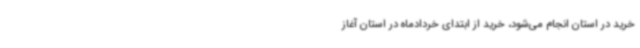
خرید در استان انجام می‌شود، خرید از ابتدای خردادماه در استان آغاز